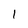
Character: 1